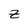
Character: z